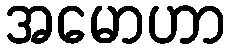
အမောဟာ